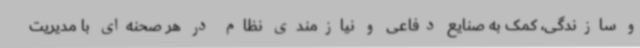
و سازندگی، کمک به صنایع دفاعی و نیازمندی نظام در هر صحنه‌ای با مدیریت